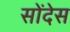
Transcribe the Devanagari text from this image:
सोंदेस